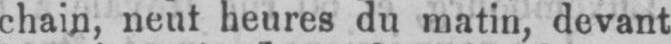
chain, neut heures du matin, devent